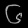
Digit: ၆